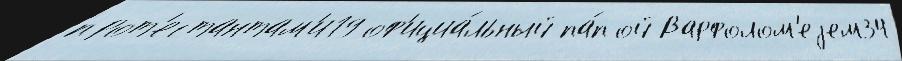
прот'естантам'и19 оф'ициа́льный па́пой Варфолом'еjем34